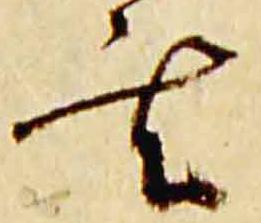
玄